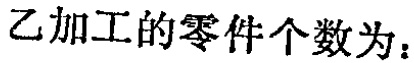
乙加工的零件个数为：